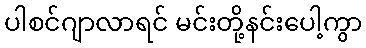
ပါစင်ဂျာလာရင် မင်းတို့နင်းပေါ့ကွာ